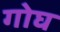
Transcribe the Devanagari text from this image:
गोघ